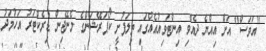
"އަވަސް" އަށް އިއްޔެ ދެއްވި އިންޓަވިއުއެއްގައި ތިލަފުށީ ކޯޕަރޭޝަންގެ މެނޭޖިން ޑިރެކްޓަރު އަހުމަދު